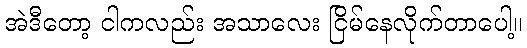
အဲဒီတော့ ငါကလည်း အသာလေး ငြိမ်နေလိုက်တာပေါ့။